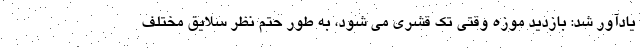
یادآور شد: بازدید موزه وقتی تک قشری می شود، به طور حتم نظر سلایق مختلف